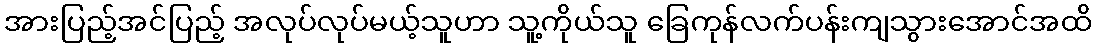
အားပြည့်အင်ပြည့် အလုပ်လုပ်မယ့်သူဟာ သူ့ကိုယ်သူ ခြေကုန်လက်ပန်းကျသွားအောင်အထိ